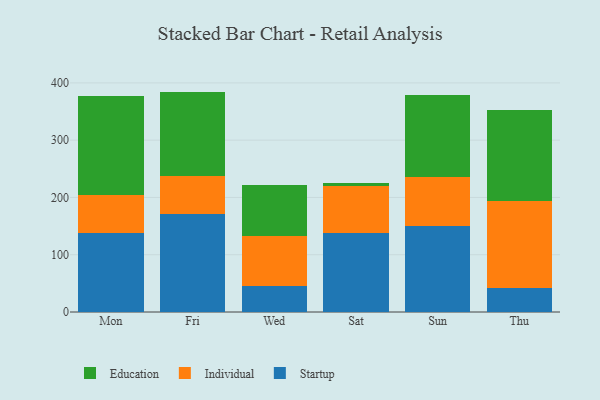
{"axis": {"x": "Day", "y": "Conversion Rate (%)"}, "legend": ["Education", "Individual", "Startup"], "data": [{"x": "Mon", "y": 137.4, "type": "Startup"}, {"x": "Mon", "y": 67.6, "type": "Individual"}, {"x": "Mon", "y": 172.5, "type": "Education"}, {"x": "Fri", "y": 171.3, "type": "Startup"}, {"x": "Fri", "y": 65.8, "type": "Individual"}, {"x": "Fri", "y": 147.7, "type": "Education"}, {"x": "Wed", "y": 45.6, "type": "Startup"}, {"x": "Wed", "y": 86.4, "type": "Individual"}, {"x": "Wed", "y": 89.8, "type": "Education"}, {"x": "Sat", "y": 138.1, "type": "Startup"}, {"x": "Sat", "y": 81.5, "type": "Individual"}, {"x": "Sat", "y": 5.0, "type": "Education"}, {"x": "Sun", "y": 150.1, "type": "Startup"}, {"x": "Sun", "y": 85.9, "type": "Individual"}, {"x": "Sun", "y": 142.7, "type": "Education"}, {"x": "Thu", "y": 41.4, "type": "Startup"}, {"x": "Thu", "y": 152.3, "type": "Individual"}, {"x": "Thu", "y": 158.9, "type": "Education"}]}